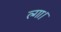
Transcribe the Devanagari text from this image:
ल्गा।